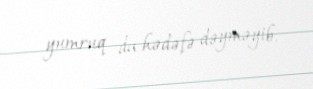
yumruq da hədəfə dəyməyib.